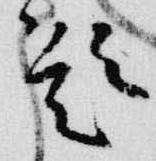
題